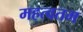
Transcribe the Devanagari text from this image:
महत्वतम